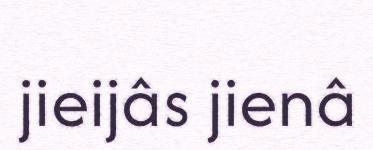
jieijâs jienâ